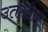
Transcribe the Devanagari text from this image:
उतरलेलं